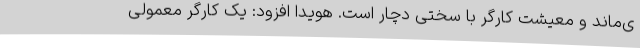
ی‌ماند و معیشت کارگر با سختی دچار است. هویدا افزود: یک کارگر معمولی